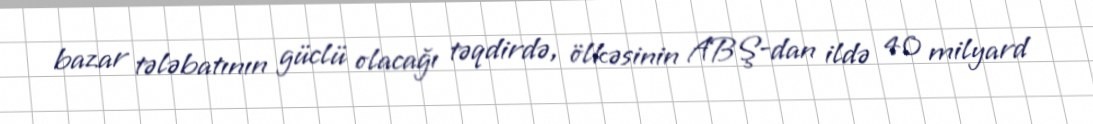
bazar tələbatının güclü olacağı təqdirdə, ölkəsinin ABŞ-dan ildə 40 milyard